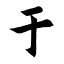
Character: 于